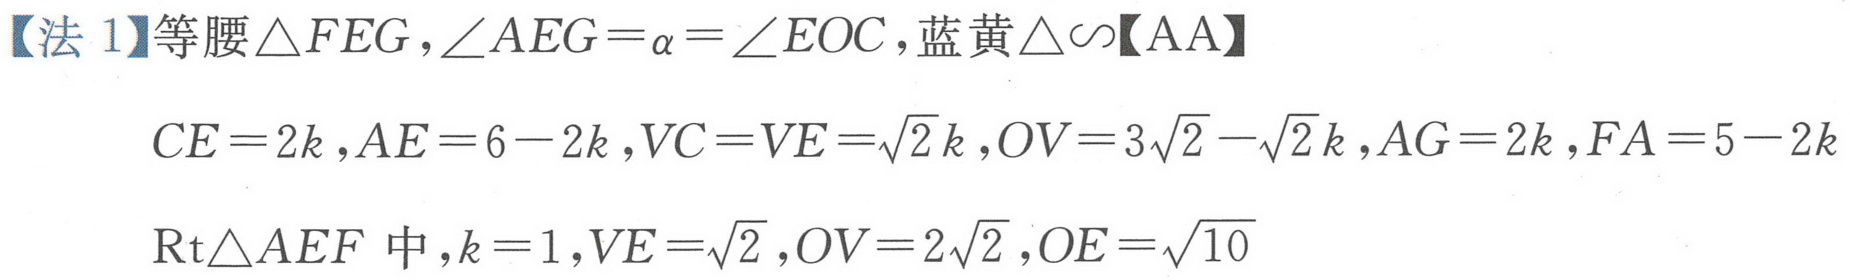
【法 1】等腰$\triangle FEG,\angle AEG=\alpha=\angle EOC$, 蓝黄$\triangle\sim$【AA】
$CE = 2k,AE = 6 - 2k,VC = VE=\sqrt{2}k,OV = 3\sqrt{2}-\sqrt{2}k,AG = 2k,FA = 5 - 2k$
$\text{Rt}\triangle AEF$ 中$,k = 1,VE=\sqrt{2},OV = 2\sqrt{2},OE=\sqrt{10}$